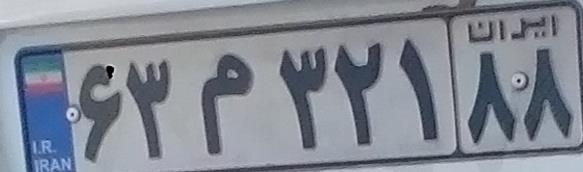
۶۳م۳۲۱۸۸